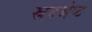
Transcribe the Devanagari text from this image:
स्रवश्रेष्ट